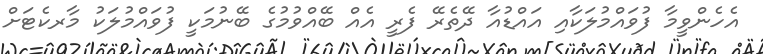
އެހެންވީމާ ފުވައްމުލަކާއި އައްޑުއާ ދޭތެރޭ ފެރީ އެއް ބޭއްވުމުގެ ބޭނުމަކީ ފުވައްމުލަކު މާރކެޓަށް